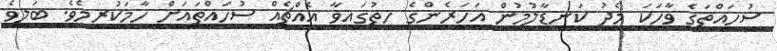
ސުހައްތަގެ ވާހަކަ މެދު ކަނޑާލުމުން އަހަރެންގެ ހިތުގައިވާ އެއްޗެއް ސުހައްތައަށް ހާމަކުރީމެވެ. ބަލިވެ